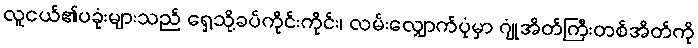
လူငယ်၏ပခုံးများသည် ရှေ့သို့ခပ်ကိုင်းကိုင်း၊ လမ်းလျှောက်ပုံမှာ ဂျုံအိတ်ကြီးတစ်အိတ်ကို